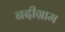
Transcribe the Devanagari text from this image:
नदीग्राम